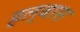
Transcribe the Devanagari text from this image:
हल्बास